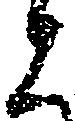
と